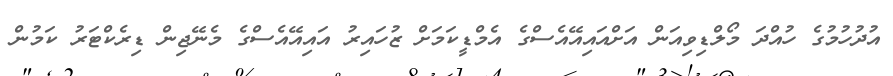
އުދުހުމުގެ ހުއްދަ މޯލްޑިވިއަން އަށްއައިއޭއެސްގެ އެމްޑީކަމަށް ޒުހައިރު އައިއޭއެސްގެ މެނޭޖިން ޑިރެކްޓަރު ކަމުން